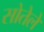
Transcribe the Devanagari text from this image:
सोतेले